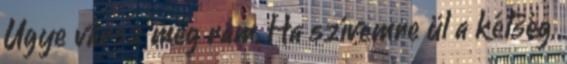
Ugye vársz még rám, Ha szívemre ül a kétség,